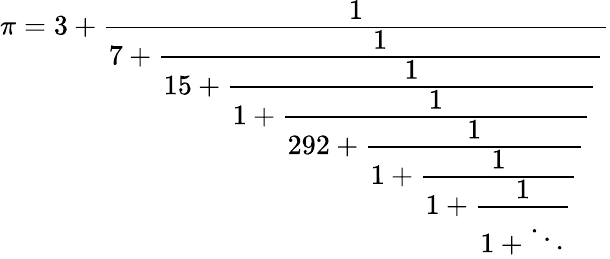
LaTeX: \pi=3+\textstyle{\cfrac{1}{7+\textstyle{\cfrac{1}{15+\textstyle{\cfrac{1}{1+\textstyle{\cfrac{1}{292+\textstyle{\cfrac{1}{1+\textstyle{\cfrac{1}{1+\textstyle{\cfrac{1}{1+\ddots}}}}}}}}}}}}}}